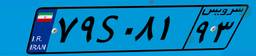
۷۹S۰۸۱۹۳